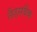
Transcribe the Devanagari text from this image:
लैंडसबैंक